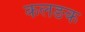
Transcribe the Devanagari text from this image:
कलङक